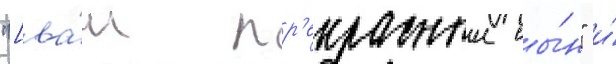
"[ва́ш пр'екрасныи сы́н" и́